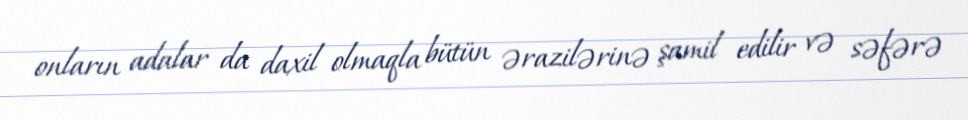
onların adalar da daxil olmaqla bütün ərazilərinə şamil edilir və səfərə